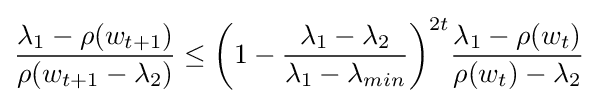
{\frac {\lambda _{1}-\rho (w_{t+1})}{\rho (w_{t+1}-\lambda _{2})}}\leq {\bigg (}1-{\frac {\lambda _{1}-\lambda _{2}}{\lambda _{1}-\lambda _{min}}}{\bigg )}^{2t}{\frac {\lambda _{1}-\rho (w_{t})}{\rho (w_{t})-\lambda _{2}}}